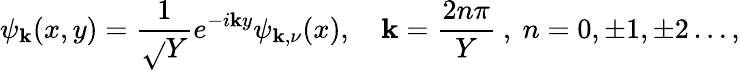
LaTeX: \psi_{\mathbf{k}}(x,y)=\frac{{1}}{{\sqrt{}{{Y}}}}e^{-i\mathbf{k}y}\psi_{\mathbf{k},\nu}(x),\quad\mathbf{k}=\frac{{2n\pi}}{{Y}}~,~n=0,\pm1,\pm2\dots,